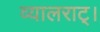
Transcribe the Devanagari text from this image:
व्यालराट्।